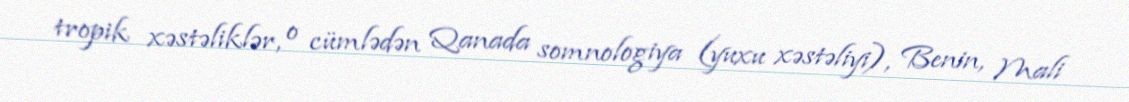
tropik xəstəliklər, o cümlədən Qanada somnologiya (yuxu xəstəliyi), Benin, Mali